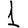
Digit: 1